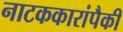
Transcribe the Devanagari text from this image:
नाटककारांपैकी